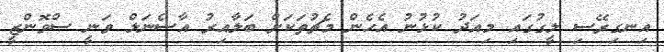
އިނގިރޭސި ލީގުގައި މިއަދު ކުޅުނު އެހެން މެޗުތަކަށް ބަލާއިރު އާސެނަލް ވަނީ ސްވޮންޒީ